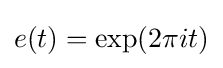
e(t)=\exp(2\pi it)